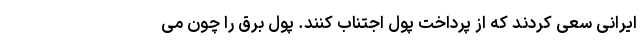
ایرانی سعی کردند که از پرداخت پول اجتناب کنند. پول برق را چون می‌